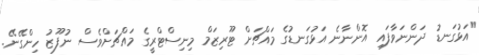
"އަޅުގަނޑު ދަންނަވާފައި އޮންނާނެ އަޅުގަނޑުގެ މައްޗަށް ޓޫރިޒަމް މިނިސްޓްރީގެ މައްޗަށްވެސް ނުފޫޒު ހިންގޭނޭ.